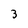
Character: 3